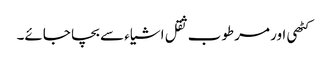
کٹھی اور مرطوب ثقل اشیاء سے بچا جائے۔